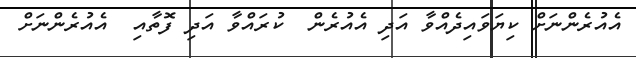
އެއުރެންނަށް ކިޔަވައިދެއްވާ އަދި އެއުރެން  ކުރައްވާ އަދި ފޮތާއި  އެއުރެންނަށް